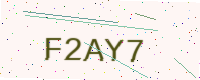
Text: F2AY7